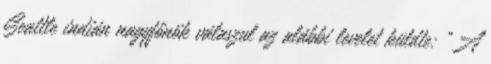
Seattle indián nagyfőnök válaszul az alábbi levelet küldte: "A